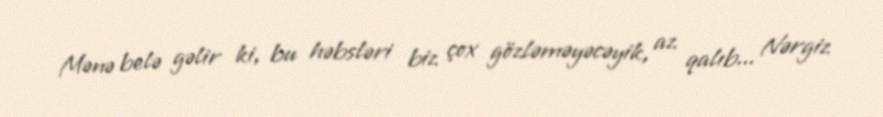
Mənə belə gəlir ki, bu həbsləri biz çox gözləməyəcəyik, az qalıb... Nərgiz